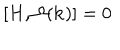
LaTeX: [ H , \Omega ( { \bf k } ) ] = 0